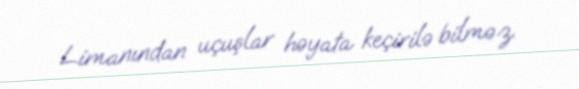
Limanından uçuşlar həyata keçirilə bilməz.